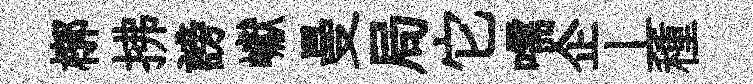
槨拂謗巘曼局它嚅企丄種